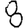
Digit: 8